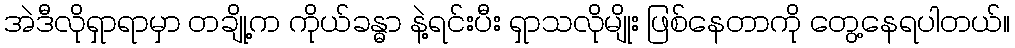
အဲဒီလိုရှာရာမှာ တချို့က ကိုယ်ခန္ဓာ နဲ့ရင်းပီး ရှာသလိုမျိုး ဖြစ်နေတာကို တွေ့နေရပါတယ်။